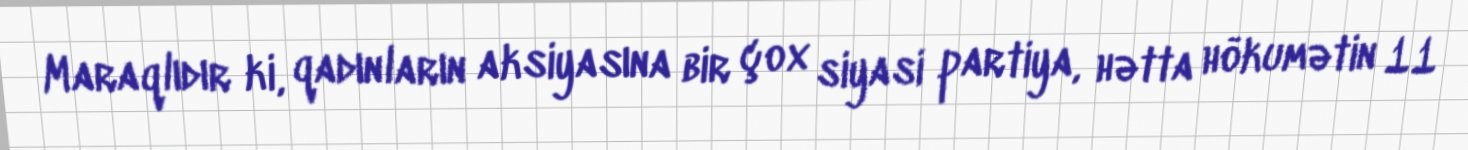
Maraqlıdır ki, qadınların aksiyasına bir çox siyasi partiya, hətta hökumətin 11